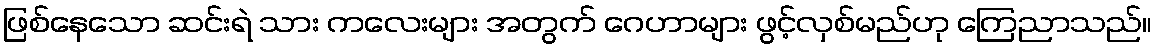
ဖြစ်နေသော ဆင်းရဲ သား ကလေးများ အတွက် ဂေဟာများ ဖွင့်လှစ်မည်ဟု ကြေညာသည်။